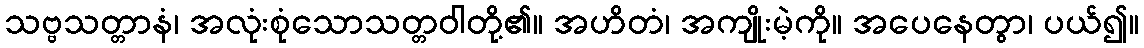
သဗ္ဗသတ္တာနံ၊ အလုံးစုံသောသတ္တဝါတို့၏။ အဟိတံ၊ အကျိုးမဲ့ကို။ အပေနေတွာ၊ ပယ်၍။